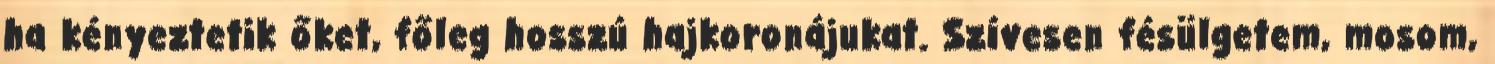
ha kényeztetik őket, főleg hosszú hajkoronájukat. Szívesen fésülgetem, mosom,